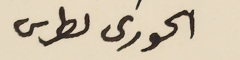
الحورى ىطرس